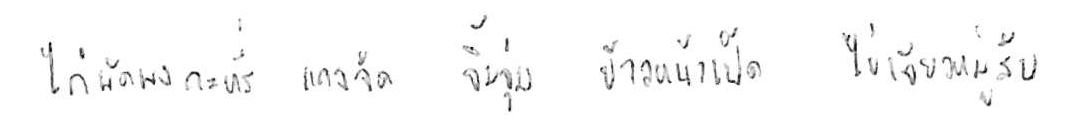
ไก่ผัดผงกะหรี่ แกงจืด จิ้มจุ่ม ข้าวหน้าเป็ด ไข่เจียวหมูสับ